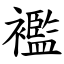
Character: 襤